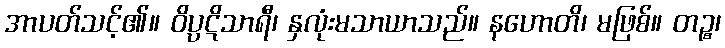
အာပတ်သင့်၏။ ဝိပ္ပဋိသာရီ၊ နှလုံးမသာယာသည်။ နဟောတိ၊ မဖြစ်။ တဉ္စ၊